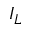
I _ { L }